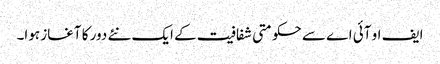
ایف او آئی اے سے حکومتی شفافیت کے ایک نئے دور کا آغاز ہوا۔